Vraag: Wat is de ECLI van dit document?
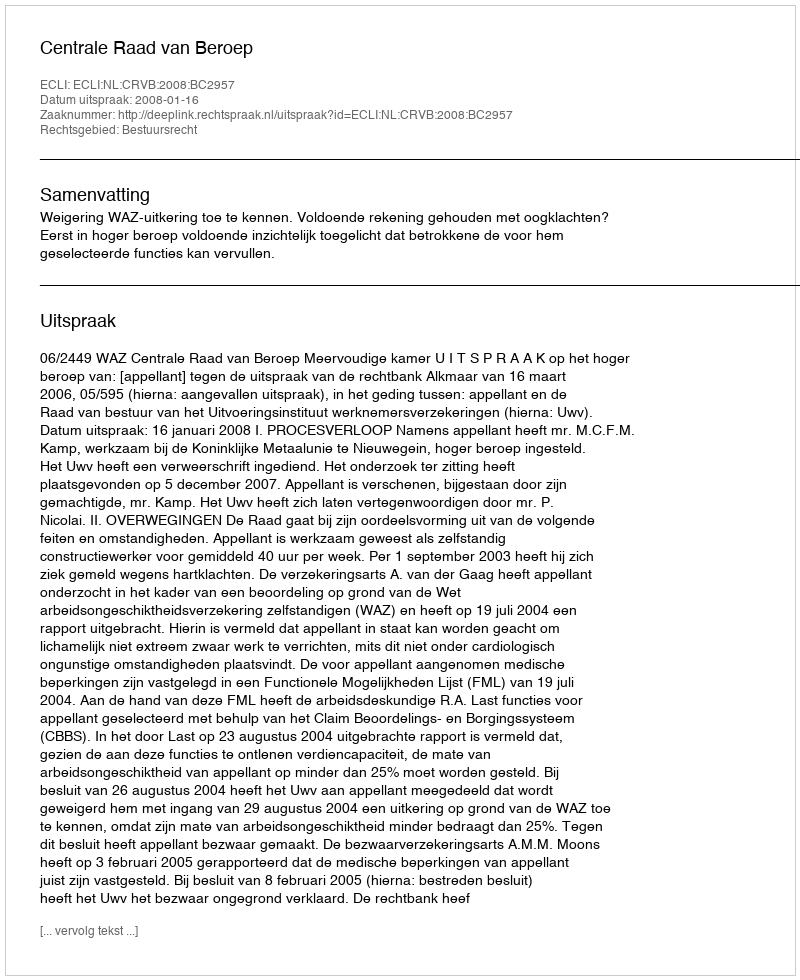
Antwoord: ECLI:NL:CRVB:2008:BC2957